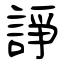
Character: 諍